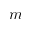
m